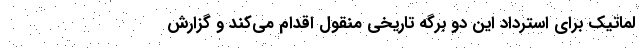
لماتیک برای استرداد این دو برگه تاریخی منقول اقدام می‌کند و گزارش